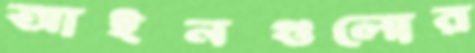
আইনগুলোর